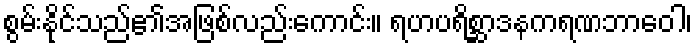
စွမ်းနိုင်သည်၏အဖြစ်လည်းကောင်း။ ရဟပရိစ္ဆာဒနကရဏဘာဝေါ၊